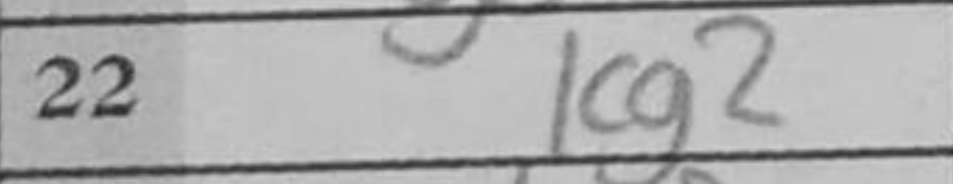
Transcription: Kg2